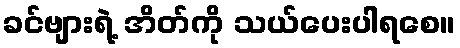
ခင်ဗျားရဲ့ အိတ်ကို သယ်ပေးပါရစေ။